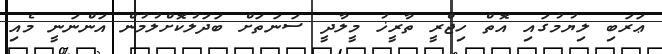
ޢަރަބި ލިޔުމުގައި އޮތް ހިޖްރީ ތާރީޚު މީލާދީ ސަނަތަށް ބަދަލުކޮށްލުމުން އަންނަނީ މެއި